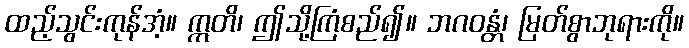
ထည့်သွင်းကုန်အံ့။ ဣတိ၊ ဤသို့ကြံစည်၍။ ဘဂဝန္တံ၊ မြတ်စွာဘုရားကို။